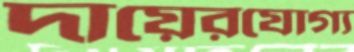
দায়েরযোগ্য